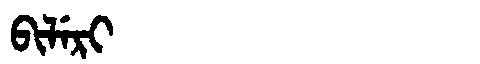
Manchu: ᠪᡳᠯᡝᡵᡳ
Romanization: BILERI